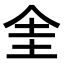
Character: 𠈘